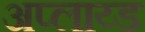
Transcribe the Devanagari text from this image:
अप्लाय्ड